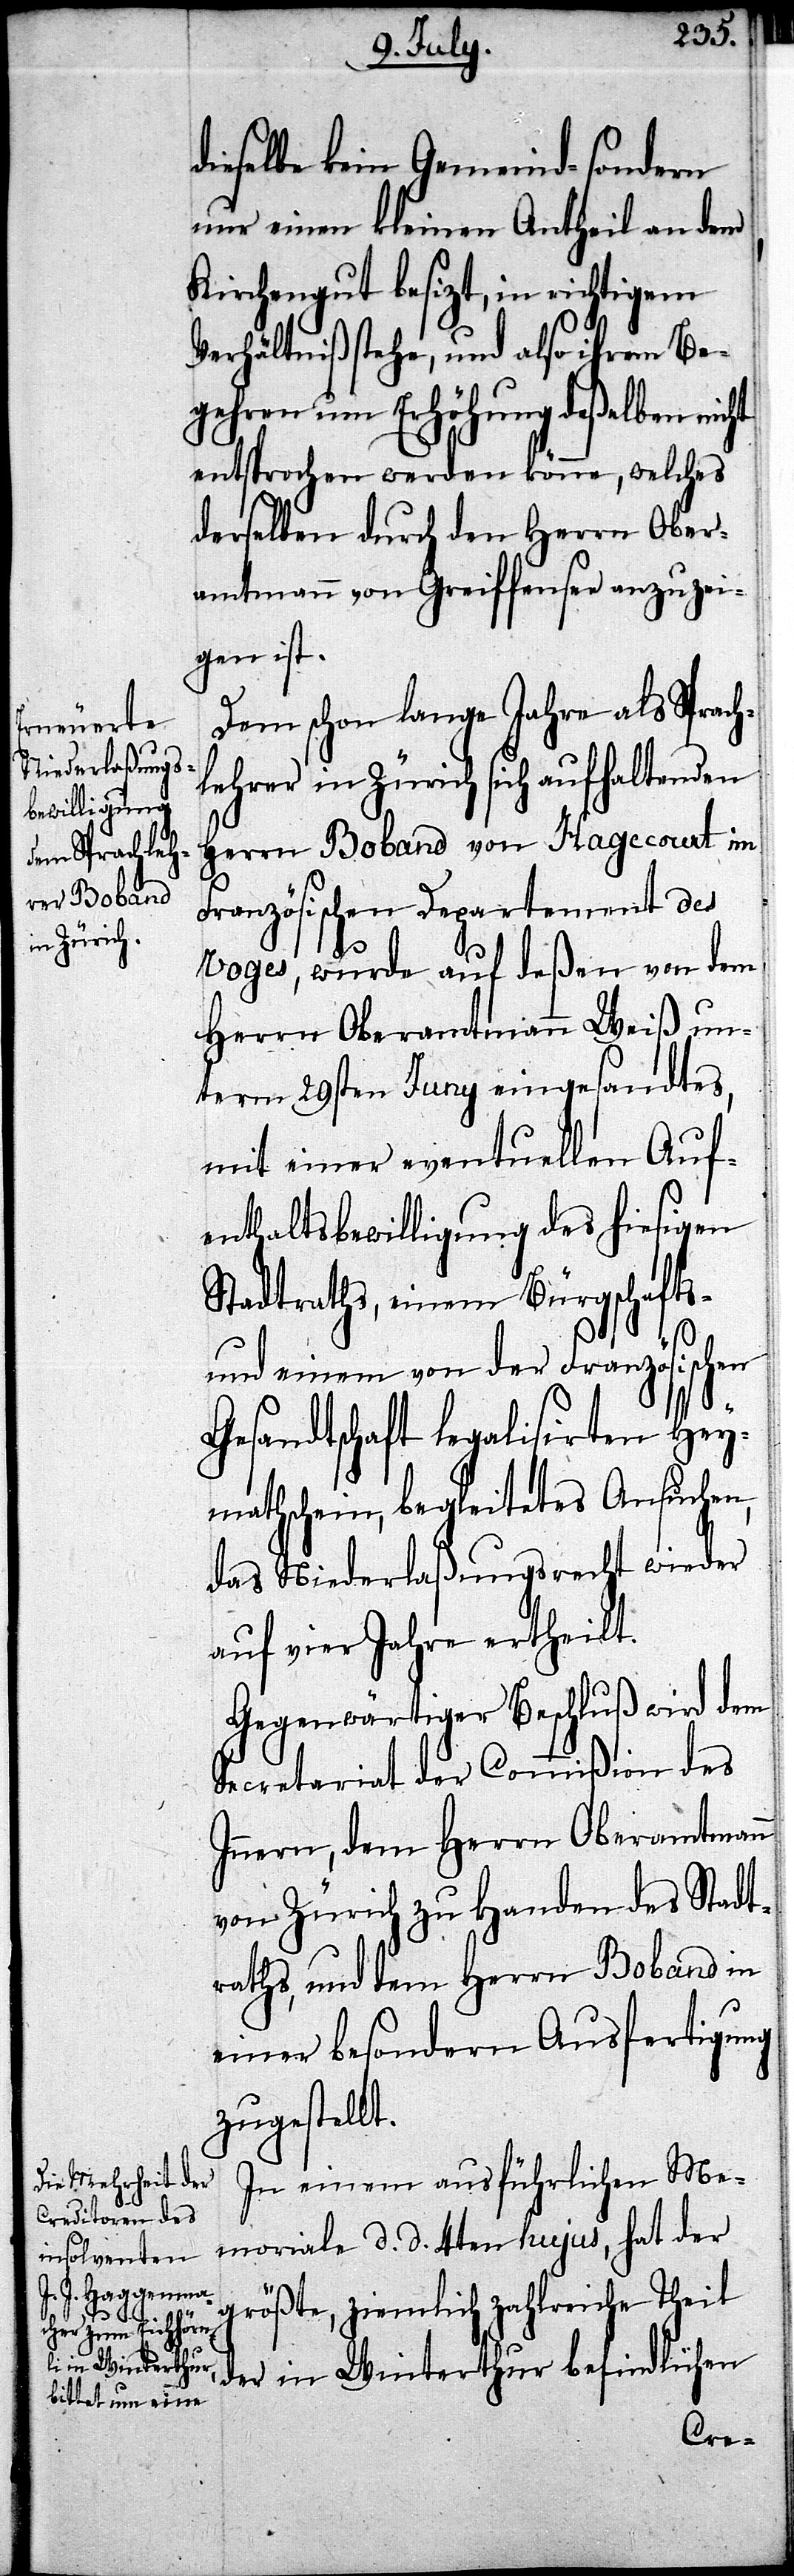
dieselbe kein Gemeind- sondern
nur einen kleinen Antheil an dem
Kirchengut besizt, in richtigem
Verhältniß stehe, und also ihrem Be¬
gehren um Erhöhung deßelben nicht
entsprochen werden könne, welches
derselben durch den Herrn Ober¬
amtmann von Greiffensee anzuzei¬
gen ist.
Dem schon lange Jahre als Sprach¬
lehrer in Zürich sich aufhaltenden
Herrn Boband von Hagecourt im
Französischen Departement des
voges, wurde auf deßen von dem
Herrn Oberamtmann Weiß un¬
term 29sten Juny eingesandtes,
mit einer eventuellen Auf¬
enthaltsbewilligung des hiesigen
Stadtraths, einem Bürgschafts-
und einem von der Französischen
Gesandtschaft leglisirten Hey¬
mathschein, begleitetes Ansuchen,
das Niederlaßungsrecht wieder
auf vier Jahre ertheilt.
Gegenwärtiger Beschluß wird dem
Secretariat der Commißion des
Innern, dem Herrn Oberamtmann
von Zürich zu Handen des Stadt¬
raths, und dem Herrn Boband in
einer besondern Ausfertigung
zugestellt.
In einem ausführlichen Me¬
moriale d. d. 4ten hujus, hat der
größte, ziemlich zahlreiche Theil
der in Winterthur befindlichen